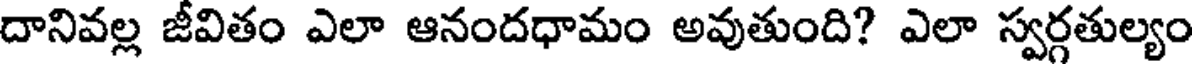
దానివల్ల జీవితం ఎలా ఆనందధామం అవుతుంది? ఎలా స్వర్గతుల్యం